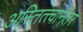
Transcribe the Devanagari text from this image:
अस्तित्त्वानंतर